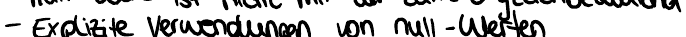
- Explizite Verwendungen von null -Werten